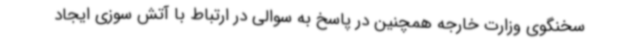
سخنگوی وزارت خارجه همچنین در پاسخ به سوالی در ارتباط با آتش سوزی ایجاد